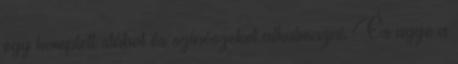
egy komplett stábot és színészeket alkalmazni. És ugye a